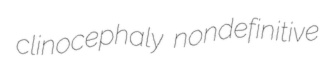
clinocephaly nondefinitive